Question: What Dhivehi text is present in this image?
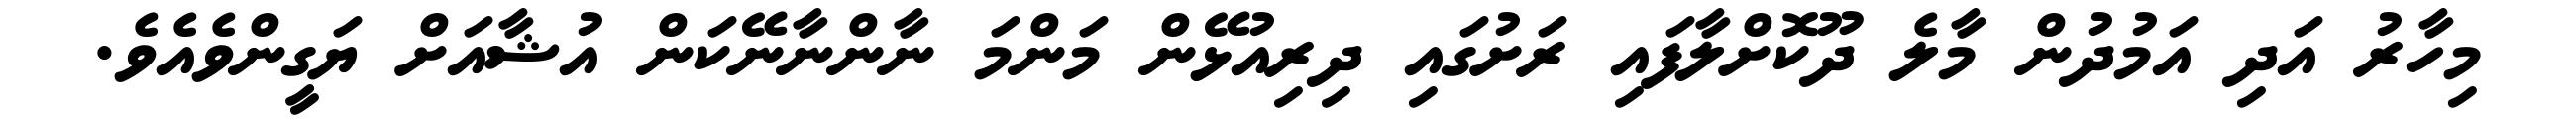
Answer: މިހާރު އަދި އަމުދުން މާލެ ދޫކޮށްލާފައި ރަށުގައި ދިރިއުޅޭން މަންމަ ނާންނާނޭކަން އުޝާއަށް ޔަގީންވެއެވެ.